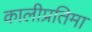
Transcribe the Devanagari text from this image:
कालीप्रतिमा